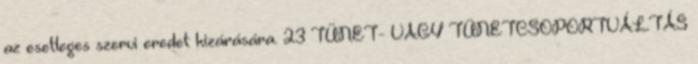
az esetleges szervi eredet kizárására. 23 TÜNET- VAGY TÜNETCSOPORTVÁLTÁS